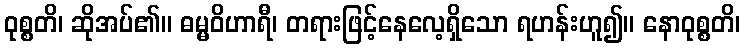
ဝုစ္စတိ၊ ဆိုအပ်၏။ ဓမ္မဝိဟာရီ၊ တရားဖြင့်နေလေ့ရှိသော ရဟန်းဟူ၍။ နောဝုစ္စတိ၊